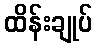
ထိန်းချုပ်